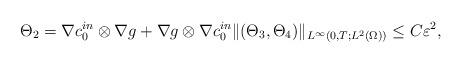
LaTeX: \begin{align*} \Theta_2=\nabla c_0^{in}\otimes \nabla g+\nabla g \otimes \nabla c_0^{in} \|(\Theta_3, \Theta_4)\|_{L^\infty(0,T;L^2(\Omega))} \le C\varepsilon^2,\end{align*}